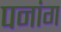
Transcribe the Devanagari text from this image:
पनांग